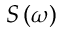
S \left( \omega \right)